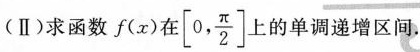
(Ⅱ)求函数f(α)在[0,\frac{π}{2}]上的单调递增区间